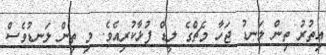
އިތުރު ތިން ލަނޑު ޖަހާ މެޗްގެ ލީޑް ފުޅާކުރިއެވެ. މި ތިން ލަނޑުވެސް